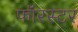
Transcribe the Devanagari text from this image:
फॉरस्टर